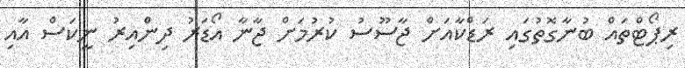
ރިޕޯޓްތައް ބުނާގޮތުގައި ރަޑްކާއަށް ޖާސޫސު ކުރުމަށް ޖާނާ އޯޑަރު ދިންއިރު ނީކަސް އާއި